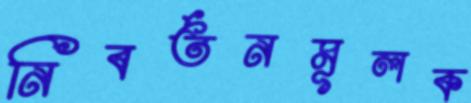
নিবর্তনমূলক